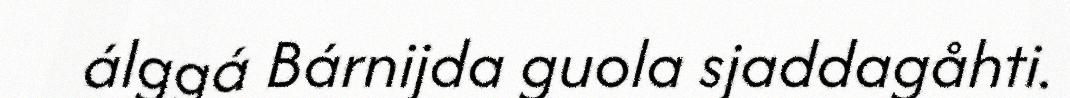
álggá Bárnijda guola sjaddagåhti.